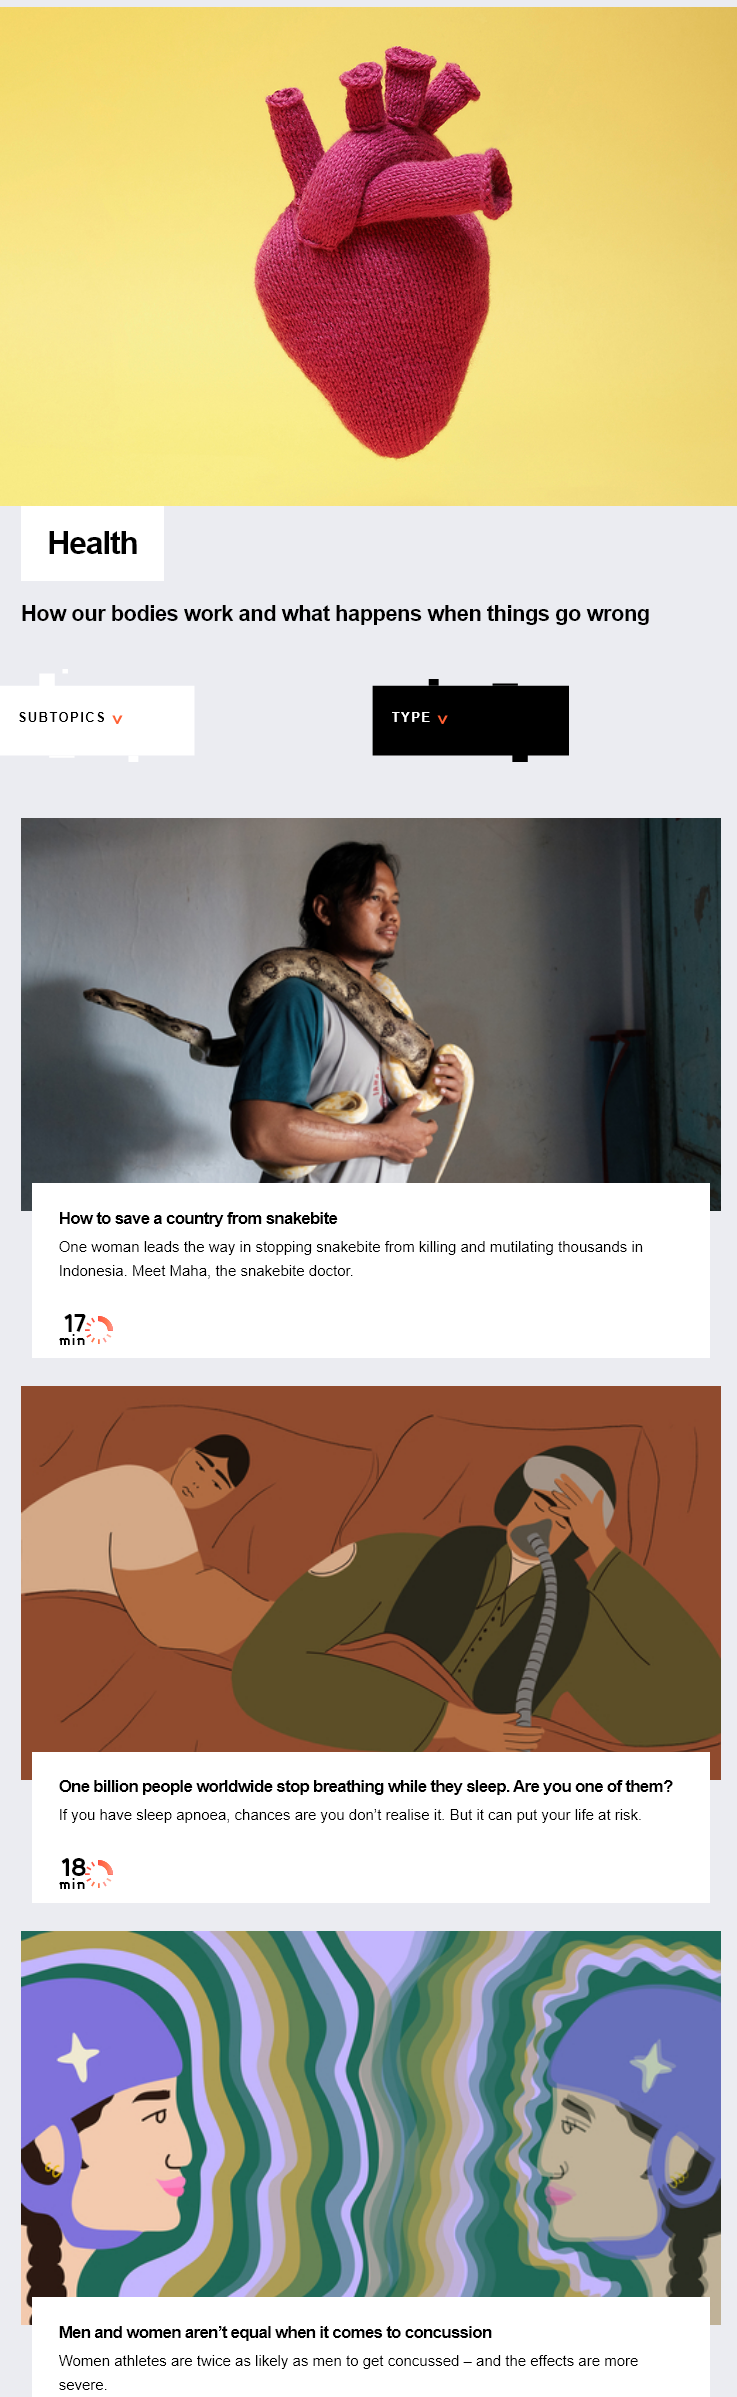
Health
   How our   bodies    work   and  what   happens    when things    go  wrong
   SUBTOPICS    TYPE
     How to save a country from snakebite
     One woman leads the way in stopping snakebite from killing and mutilating thousands in
     Indonesia. Meet Maha, the snakebite doctor.
     172N
     min”
     182%
     min
     One billion people worldwide stop breathing while they sleep. Are you one of them?
     If you have sleep apnoea, chances are you don't realise it But it can put your life at risk
     Men and  women aren’t equal when it comes to concussion
     Women athletes are twice as likely as men to get concussed
     —
     and the effects are more
     severe.